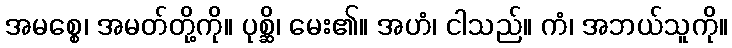
အမစ္စေ၊ အမတ်တို့ကို။ ပုစ္ဆိ၊ မေး၏။ အဟံ၊ ငါသည်။ ကံ၊ အဘယ်သူကို။